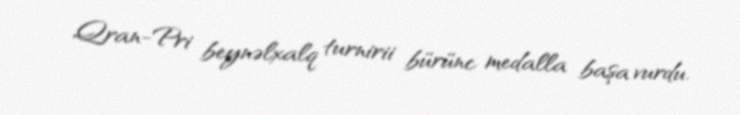
Qran-Pri beynəlxalq turnirii bürünc medalla başa vurdu.